Leaving Certificate Examination, 1911, 1911
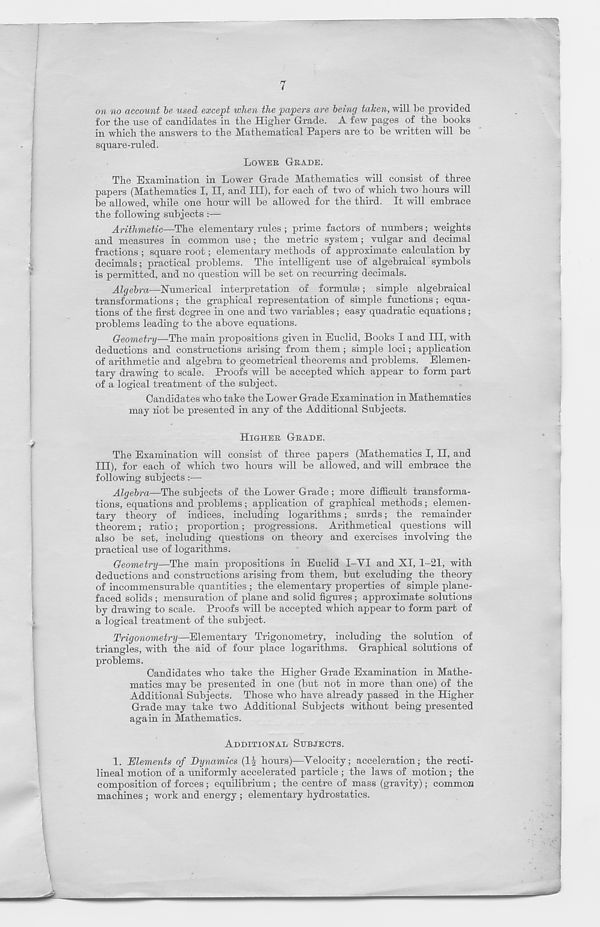
7
on no account be used except when the papers are being taken, will be provided
for tbe use of candidates in the Higher Grade. A few pages of the books
in which the answers to the Mathematical Papers are to be written will be
square-ruled.
LOWER GRADE.
The Examination in Lower Grade Mathematics will consist of three
papers (Mathematics I, II, and III), for each of two of which two hours will
be allowed, while one hour will be allowed for the third. It will embrace
the following subjects :—
Arithmetic—The elementary rales ; prime factors of numbers; weights
and measures in common use; the metric system; vulgar and decimal
fractions ; square root; elementary methods of approximate calculation by
decimals; practical problems. The intelligent use of algebraical symbols
is permitted, and no question will be set on recurring decimals.
Algebra—Numerical interpretation of formulae; simple algebraical
transformations; the graphical representation of simple functions ; equa-
tions of the first degree in one and two variables; easy quadratic equations;
problems leading to the above equations.
Geometry—The main propositions given in Euclid, Books I and III, with
deductions and constructions arising from them ; simple loci; application
of arithmetic and algebra to geometrical theorems and problems. Elemen-
tary drawing to scale. Proofs will be accepted which appear to form part
of a logical treatment of the subject.
Candidates who take the Lower Grade Examination in Mathematics
may hot be presented in any of the Additional Subjects.
HIGHER GRADE.
The Examination will consist of three papers (Mathematics I, II, and
ITT), for each of which two hours will be allowed, and will embrace the
following subjects
Algebra—The subjects of the Lower Grade ; more difficult transforma-
tions, equations and problems; application of graphical methods; elemen-
tary theory of indices, including logarithms; surds; the remainder
theorem; ratio; proportion; progressions. Arithmetical questions will
also be set, including questions on theory and exercises involving the
practical use of logarithms.
Geometry—The main propositions in Euclid I-YI and XI, 1-21, with
deductions and constructions arising from them, but excluding the theory
of incommensurable quantities ; the elementary properties of simple plane-
faced solids ; mensuration of plane and solid figures; approximate solutions
by drawing to scale. Proofs will be accepted which appear to form part of
a logical treatment of the subject.
Trigonometry—Elementary Trigonometry, including the solution of
triangles, with the aid of four place logarithms. Graphical solutions of
problems.
Candidates who take the Higher Grade Examination in Mathe-
matics may be presented in one (but not in more than one) of the
Additional Subjects. Those who have already passed in the Higher
Grade may take two Additional Subjects without being presented
again in Mathematics.
ADDITIONAL SUBJECTS.
1. Elements of Dynamics (1J hours)—Yelocity; acceleration; the recti-
lineal motion of a uniformly accelerated particle ; the laws of motion ; the
composition of forces ; equilibrium ; the centre of mass (gravity); common
machines ; work and energy ; elementary hydrostatics.